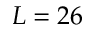
L = 2 6